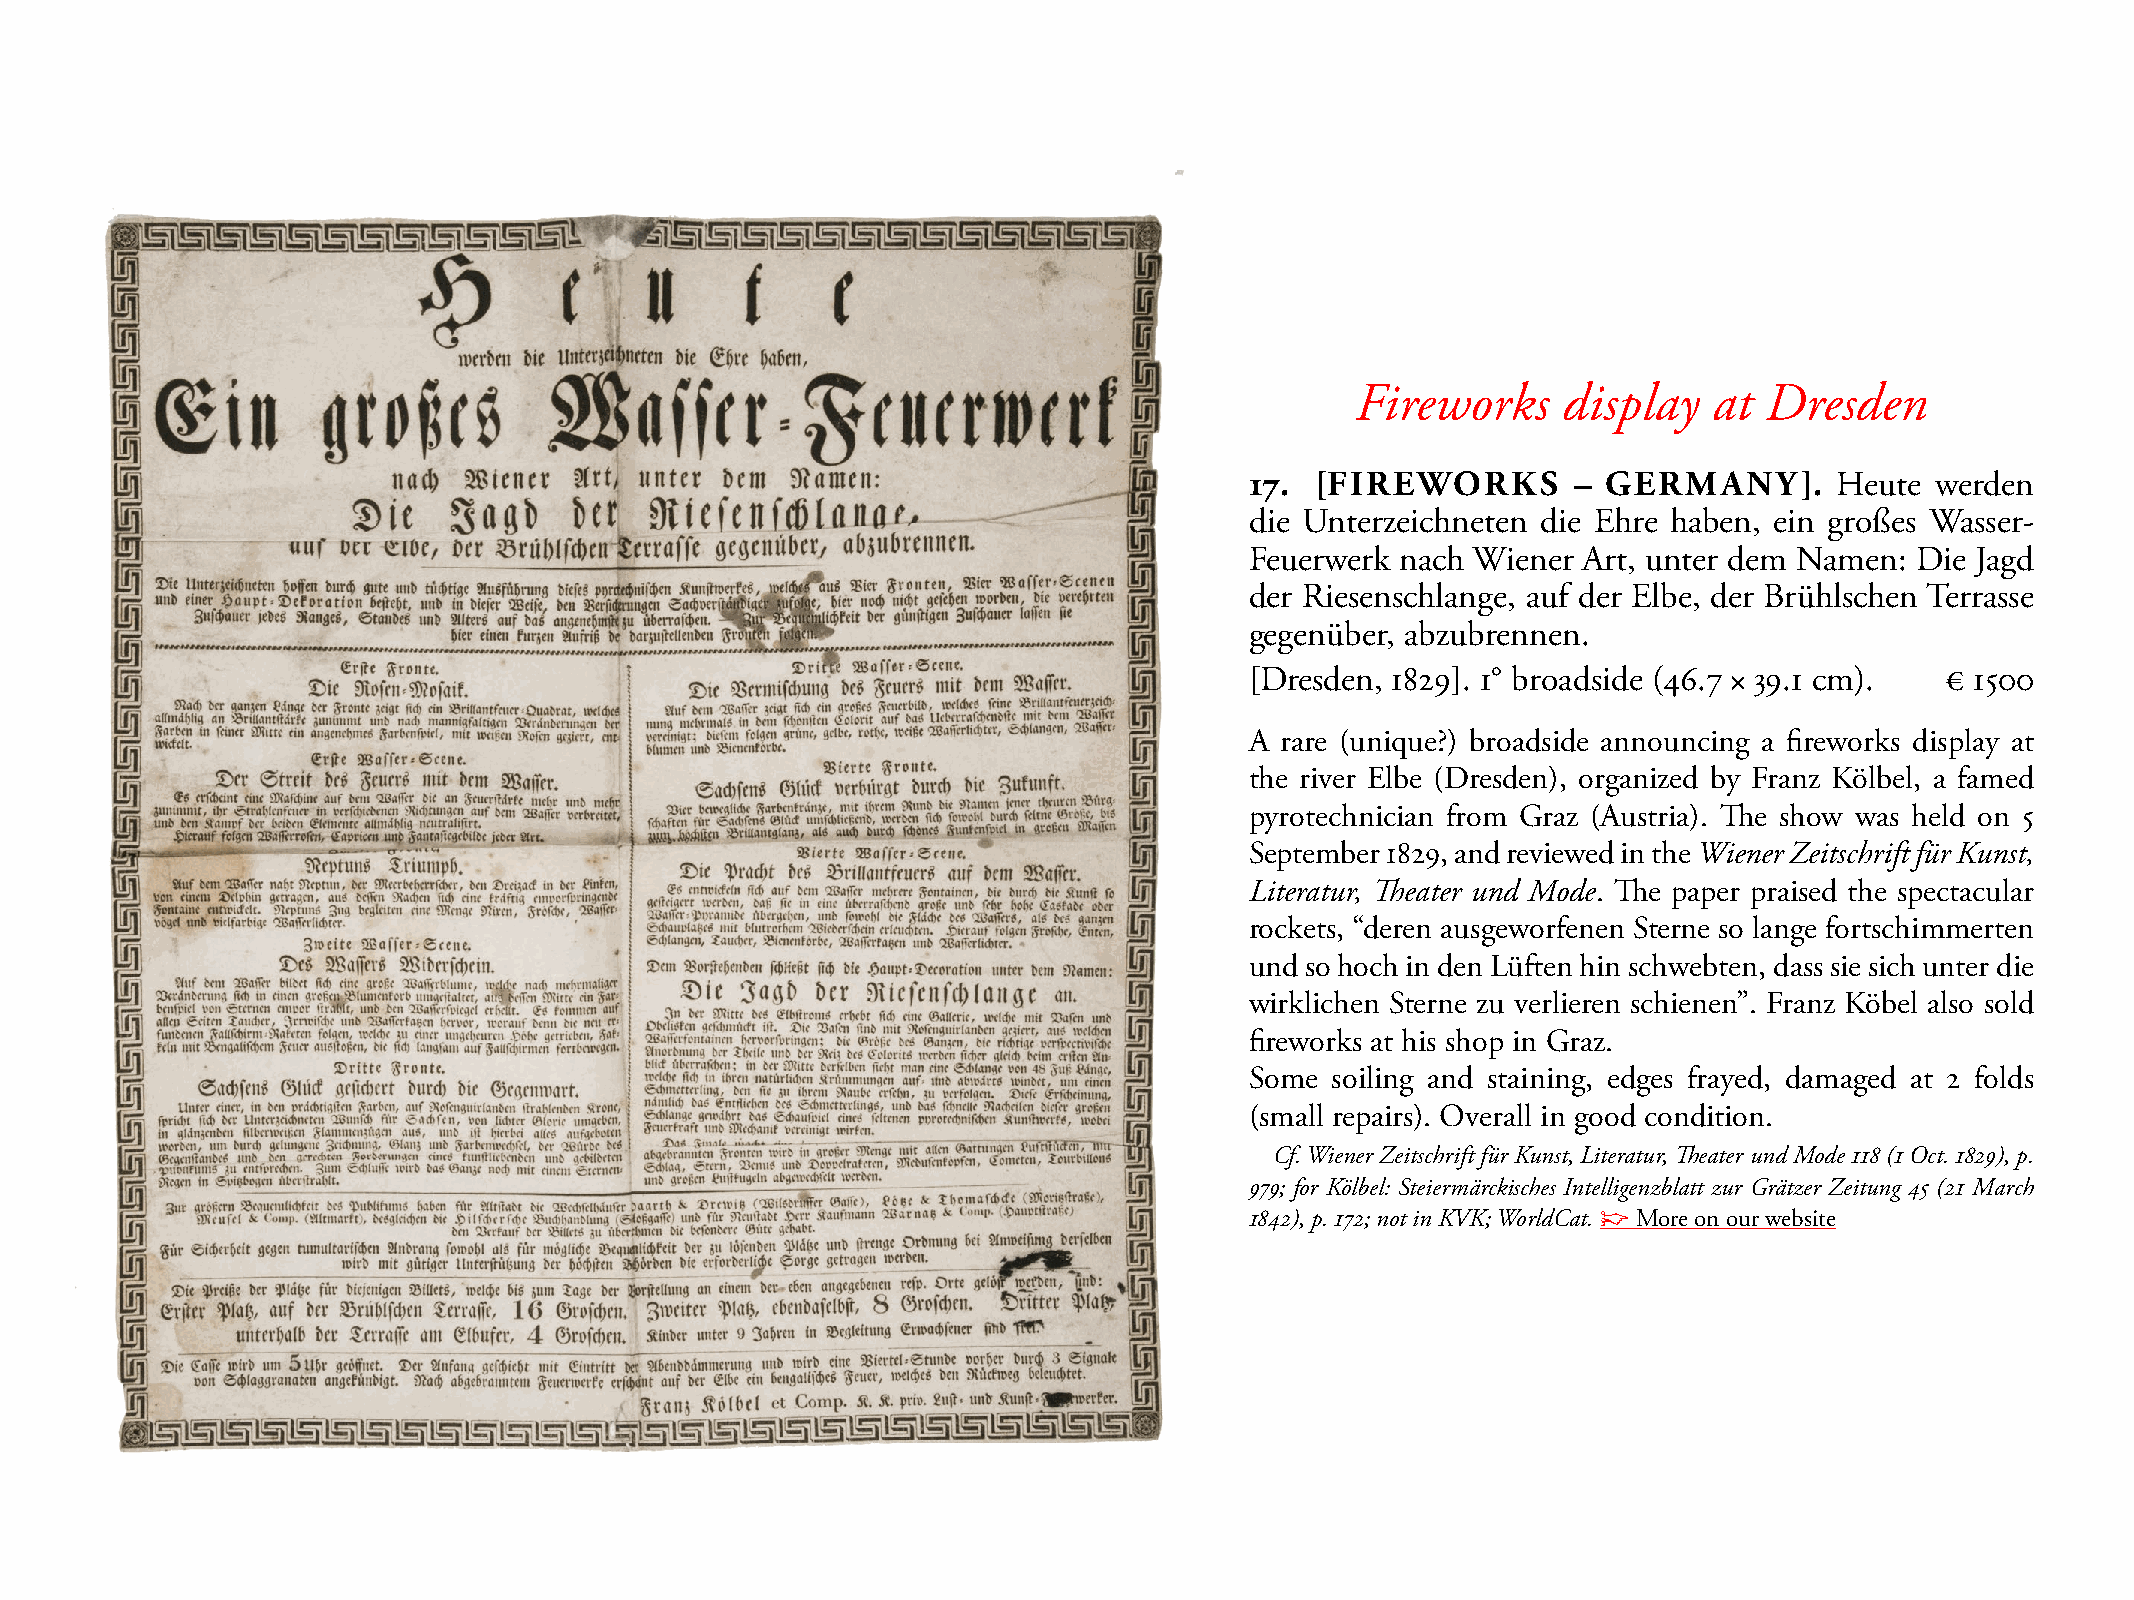
Fireworks    display   at  Dresden
 17. [FIREWORKS       – GERMANY].       Heute werden
 die Unterzeichneten die Ehre haben, ein großes Wasser-
 Feuerwerk nach Wiener Art, unter dem Namen: Die Jagd
 der Riesenschlange, auf der Elbe, der Brühlschen Terrasse
 gegenüber, abzubrennen.
 [Dresden, 1829]. 1° broadside (46.7 × 39.1 cm). € 1500
 A rare (unique?) broadside announcing a fireworks display at
 the river Elbe (Dresden), organized by Franz Kölbel, a famed
 pyrotechnician from Graz (Austria). The show was held on 5
 september 1829, and reviewed in the Wiener Zeitschrift für Kunst,
 Literatur, Theater und Mode. The paper praised the spectacular
 rockets, “deren ausgeworfenen sterne so lange fortschimmerten
 und so hoch in den Lüften hin schwebten, dass sie sich unter die
 wirklichen sterne zu verlieren schienen”. Franz Köbel also sold
 fireworks at his shop in Graz.
 some soiling and staining, edges frayed, damaged at 2 folds
 (small repairs). Overall in good condition.
 Cf. Wiener Zeitschrift für Kunst, Literatur, Theater und Mode 118 (1 Oct. 1829), p.
 979; for Kölbel: Steiermärckisches Intelligenzblatt zur Grätzer Zeitung 45 (21 March
 1842), p. 172; not in KVK; WorldCat. ☞ more on our website